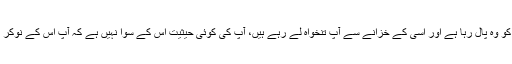
آپ کو وہ پال رہا ہے اور اسی کے خزانے سے آپ تنخواہ لے رہے ہیں، آپ کی کوئی حیثیت اس کے سوا نہیں ہے کہ آپ اس کے نوکر ہیں۔